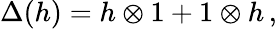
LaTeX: \Delta(h)=h\otimes 1+1\otimes h\, ,